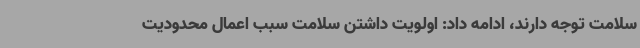
سلامت توجه دارند، ادامه داد: اولویت داشتن سلامت سبب اعمال محدودیت